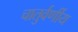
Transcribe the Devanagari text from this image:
चातुर्वर्णीय